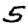
Digit: 5